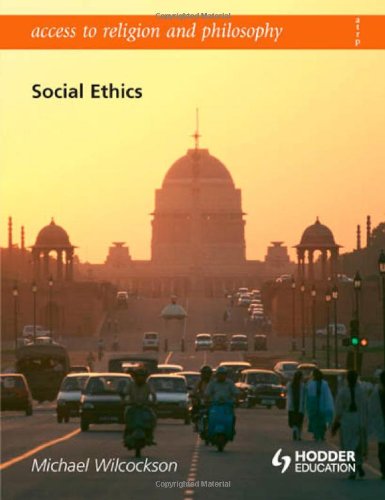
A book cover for Social Ethics (Access to Religion & Philosophy); Michael Wilcockson; Teen & Young Adult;